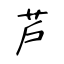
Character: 芦